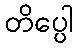
တိပ္ပေါ